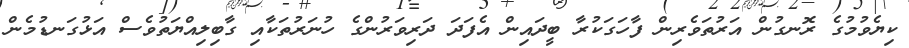
ކިޔެވުމުގެ ރޮނގުން އަރުތަވެރިން ފާހަގަކުރާ ބީދައިން އެފަދަ ދަރިވަރުންގެ ހުނަރުތަކާއި ގާބިލިއްޔަތުވެސް އަޅުގަނޑުމެން